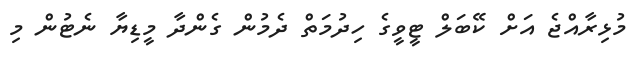
މުޅިރާއްޖެ އަށް ކޭބަލް ޓީވީގެ ހިދުމަތް ދެމުން ގެންދާ މީޑިޔާ ނެޓުން މި